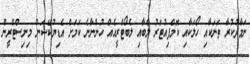
ނަމާދުކުރާ ތަނަކާއި ހޯލަކާއި ކޮމްޕިއުޓަރު ލެބާއި ލެބޯޓްރީއެއް ހުންނާނެ ކަމަށް އެޑިޔުކޭޝަން މިނިސްޓްރީން